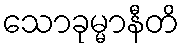
သောခုမ္မာနီတိ